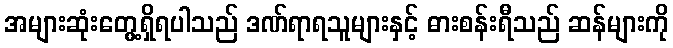
အများဆုံးတွေ့ရှိရပါသည် ဒဏ်ရာရသူများနှင့် ဓားစန်းရီသည် ဆန်များကို